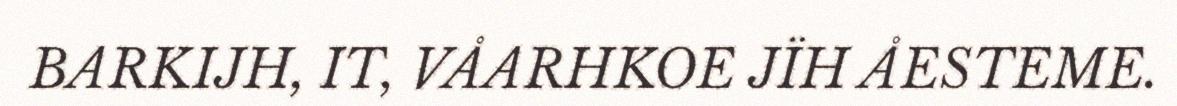
BARKIJH, IT, VÅARHKOE JÏH ÅESTEME.